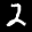
Label: 2